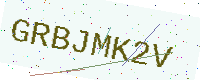
Text: GRBJMK2V